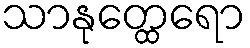
သာနုတ္ထေရော